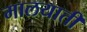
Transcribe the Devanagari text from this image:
मालयाती